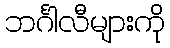
ဘင်္ဂါလီများကို